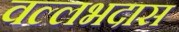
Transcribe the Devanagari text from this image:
वल्लभदास